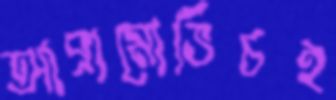
আব্রামোভিচই